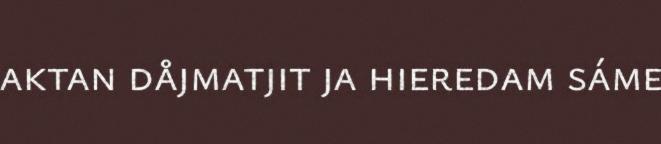
aktan dåjmatjit ja hieredam sáme